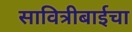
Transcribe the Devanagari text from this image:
सावित्रीबाईचा